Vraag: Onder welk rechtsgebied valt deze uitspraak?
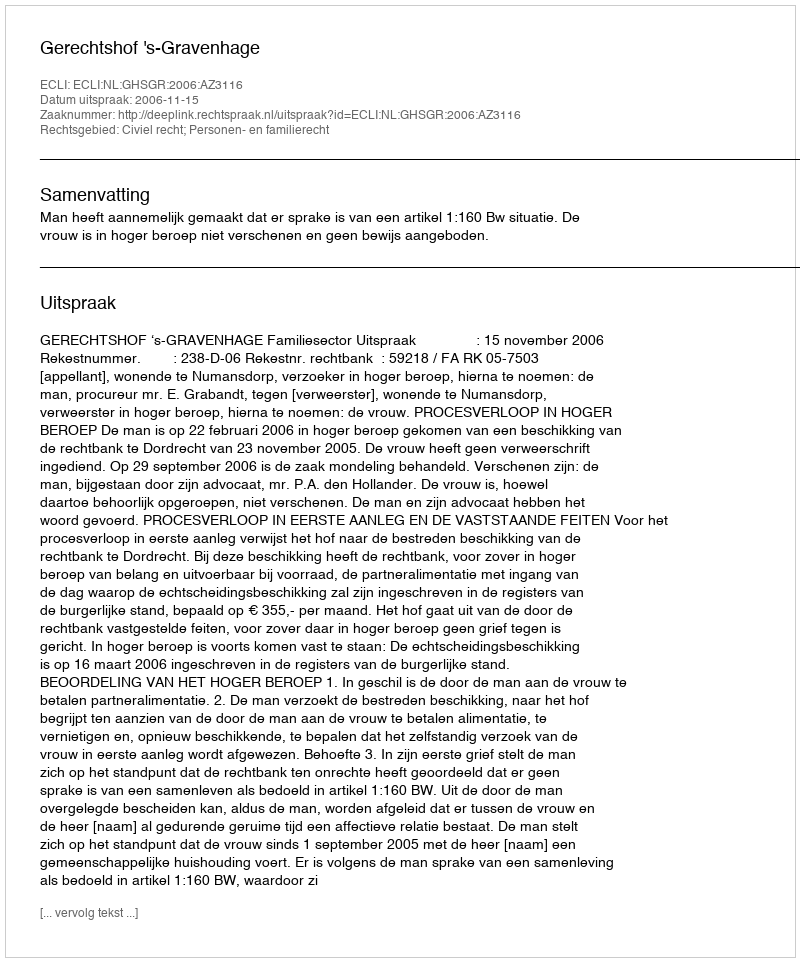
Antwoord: Civiel recht; Personen- en familierecht